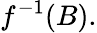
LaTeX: f^{-1}(B).